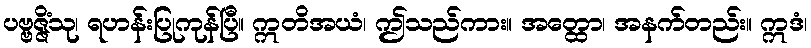
ပဗ္ဗဇ္ဇိံသု၊ ရဟန်းပြုကုန်ပြီ။ ဣတိအယံ၊ ဤသည်ကား။ အတ္ထော၊ အနက်တည်း။ ဣဒံ၊